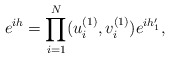
\begin{align*}e^{ih}=\prod_{i=1}^N (u_i^{(1)},v_i^{(1)})e^{ih_1'},\end{align*}